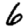
Digit: 6